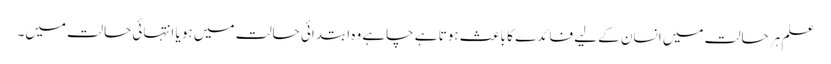
علم ہر حالت میں انسان کے لیے فائدے کا باعث ہوتا ہے چاہے وہ ابتدائی حالت میں ہو یا انتہائی حالت میں۔